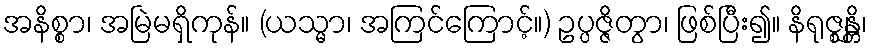
အနိစ္စာ၊ အမြဲမရှိကုန်။ (ယသ္မာ၊ အကြင်ကြောင့်။) ဥပ္ပဇ္ဇိတွာ၊ ဖြစ်ပြီး၍။ နိရုဇ္ဈန္တိ၊